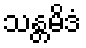
သန္တမိဒံ